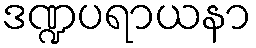
ဒဏ္ဍပရာယနာ